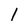
Character: 1